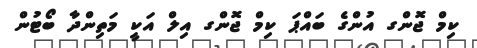
ކިމް ޖޮންގ އުންގެ ބައްޕަ ކިމް ޖޮންގ އިލް އަކީ މަތިންދާ ބޯޓުން